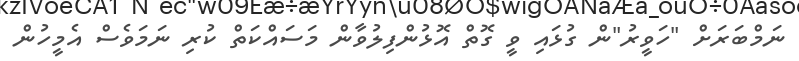
ނަމްބަރަށް "ހަވީރު"ން ގުޅައި ވީ ގޮތް އޮޅުންފިލުވާން މަސައްކަތް ކުރި ނަމަވެސް އެމީހުން